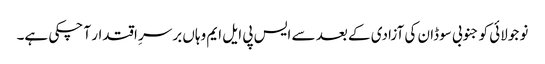
نو جولائی کو جنوبی سوڈان کی آزادی کے بعد سے ایس پی ایل ایم وہاں برسرِ اقتدار آ چکی ہے۔